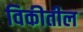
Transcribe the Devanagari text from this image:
विकीतील